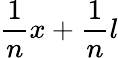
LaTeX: {\frac{1}{n}}x+{\frac{1}{n}}l